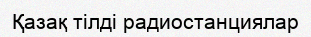
Қазақ тілді радиостанциялар